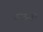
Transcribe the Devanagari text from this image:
तटवर्त्ती